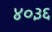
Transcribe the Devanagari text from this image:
४०३६